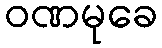
ဝဏမုခေ